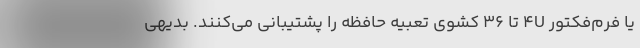
یا فرم‌فَکتور 4U تا 36 کشوی تعبیه حافظه را پشتیبانی می‌کنند. بدیهی